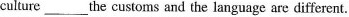
culture ___ the customs and the language are different.